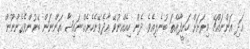
އަދި އަންނައްޗޭ މިރަށަށް ހަނީފާއްތަ ބުނެލިއެވެ. ދެން ހިއެއްނުވޭ އާދެވޭނެހެނެއް.ނައިޝާ އަންނަން ބޭނުންވެގެންނޫން